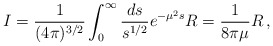
\begin{align*} I=\frac{1}{(4\pi)^{3/2}}\int_0^\infty\frac{ds}{s^{1/2}}e^{-\mu^2s}R =\frac{1}{8\pi\mu}R\,,\end{align*}